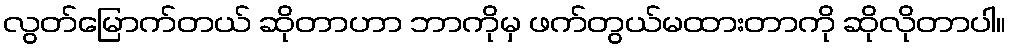
လွတ်မြောက်တယ် ဆိုတာဟာ ဘာကိုမှ ဖက်တွယ်မထားတာကို ဆိုလိုတာပါ။